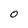
Character: o